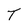
Character: T